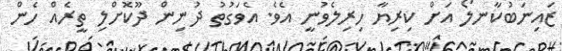
ޒައިނަބުކާނލޯ އަށް ކިރިޔާ ހިރިލެވުނީ އެވެ. އެވަގުތު ދުނިން ދޫކޮށްލި ތީރެއް ހެން